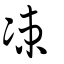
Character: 凁